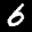
Label: 6